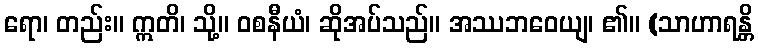
ရော၊ တည်း။ ဣတိ၊ သို့။ ဝစနီယံ၊ ဆိုအပ်သည်။ အဿဘဝေယျ၊ ၏။ (သာဟာရန္တိ